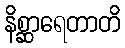
နိစ္ဆာရေတာတိ